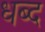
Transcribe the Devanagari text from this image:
धब्द